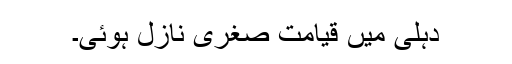
دہلی میں قیامت صغری نازل ہوئی۔